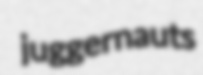
juggernauts